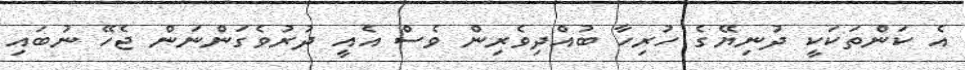
އެ ކަންތަކަކީ ދުނިޔޭގެ ހުރިހާ ބުއްދިވެރިން ވެސް އެއީ ދުރުވެގަންނަން ޖެހޭ ނުބައި